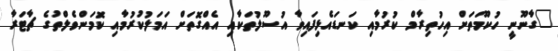
"ގާނޫނީ ހުކޫމަތަށް އިހުތިރާމް ކުރުމާއި ކަނޑައެޅިފައިވާ އުސޫލުތަކާއި އެއްގޮތަށް އަމަލުކުރުމާއި ކޮމަންވެލްތުގެ ޗާޓަރާ